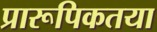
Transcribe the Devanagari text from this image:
प्रारूपिकतया